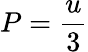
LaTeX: P={\frac{u}{3}}